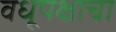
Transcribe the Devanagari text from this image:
वधूपक्षाचा